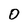
Character: 0